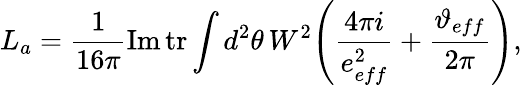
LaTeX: L_{a}=\frac{1}{16\pi}\mathrm{Im}\, \mathrm{tr}\int d^{2}\theta\, W^{2}\Bigg(\frac{4\pi i}{e_{eff}^{2}}+\frac{\vartheta_{eff}}{2\pi}\Bigg),